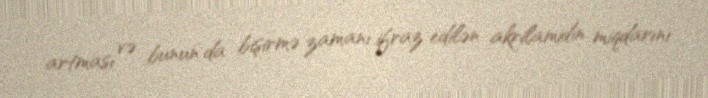
artması və bunun da bişirmə zamanı ifraz edilən akrilamidin miqdarını